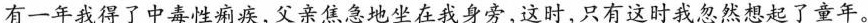
有一年我得了中毒性痢疾，父亲焦急地坐在我身旁，这时，只有这时我忽然想起了童年。